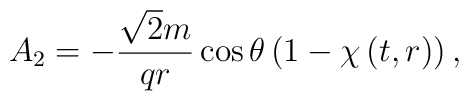
A_{2}=-\frac{\sqrt{2}m}{q r}\cos\theta \left( 1-\chi \left( t,r\right) \right) ,